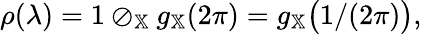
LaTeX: \begin{array}{r}{\rho(\lambda)=1\oslash_{\mathbb{X}}g_{\mathbb{X}}(2\pi)=g_{\mathbb{X}}\big(1/(2\pi)\big),}\end{array}